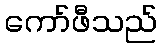
ကော်ဖီသည်